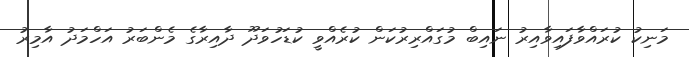
މަނިކު ކުރައްވާފައިވާއިރު ނައިބް މުގައްރިރުކަން ކުރެއްވީ ކުޑަހުވަދޫ ދާއިރާގެ މެންބަރު އަހްމަދު އާމިރު